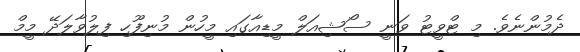
ދެމުންނެވެ. މި ޓްވީޓު ވަނީ ސޯޝިއަލް މީޑިއާގައި މީހުން މުނިފޫހި ފިލުވާލަދޭ މީމް